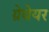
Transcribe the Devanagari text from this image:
ग्रेवेयर